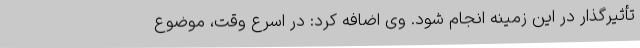
تأثیرگذار در این زمینه انجام شود. وی اضافه کرد: در اسرع وقت، موضوع